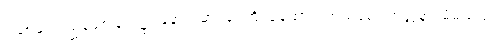
ပညာနှင့်ပြည့်စုံစေခြင်း၌။ နောသမာဒပေတိ၊ မဆောက်တည်စေ။ အတ္တနာ၊ မိမိသည်။